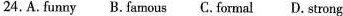
24.A.Funny B.Famous C.Formal D. Strong